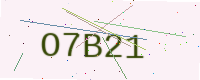
Text: O7B21